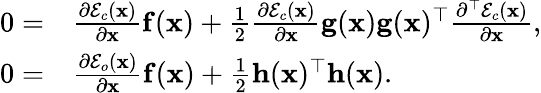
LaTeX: \begin{array}{rl}{0=}&{\frac{\partial\mathcal{E}_{c}(\mathbf{x})}{\partial\mathbf{x}}\mathbf{f}(\mathbf{x})+\frac{1}{2}\frac{\partial\mathcal{E}_{c}(\mathbf{x})}{\partial\mathbf{x}}\mathbf{g}(\mathbf{x})\mathbf{g}(\mathbf{x})^{\top}\frac{\partial^{\top}\mathcal{E}_{c}(\mathbf{x})}{\partial\mathbf{x}},}\\ {0=}&{\frac{\partial\mathcal{E}_{o}(\mathbf{x})}{\partial\mathbf{x}}\mathbf{f}(\mathbf{x})+\frac{1}{2}\mathbf{h}(\mathbf{x})^{\top}\mathbf{h}(\mathbf{x}).}\end{array}